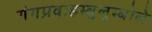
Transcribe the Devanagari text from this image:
गंगप्रवाहम्बुलुम्बोले